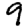
Digit: 9